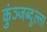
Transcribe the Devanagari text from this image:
कुंञ्जब्दुल्ला